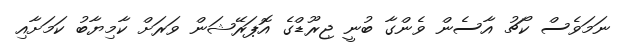
ނަމަވެސް ކޯޗު އާސެން ވެންގާ ބުނީ ޖިރޫޑްގެ އޮޕަރޭޝަން ވަރަށް ކާމިޔާބު ކަމަށާއި